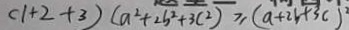
( 1 + 2 + 3 ) ( a ^ { 2 } + 2 b ^ { 2 } + 3 c ^ { 2 } ) \geq ( a + 2 b + 3 c ) ^ { 2 }